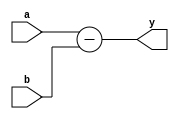
module subtractor#(parameter N=8)(input[N-1:0] a,b,output[N-1:0] y);
	assign y = a - b;
endmodule

module subtractor_tb;
	parameter N=32;
	reg [N-1:0] a,b;
	wire [N-1:0] y;
	
	subtractor #(N)DUT(.a(a),.b(b),.y(y));
	
	initial
	begin
		a = 20;b=10;#10;	//y = 10
		a = 20;b=20;#10;	//y = 0
		a = 0 ;b=1 ;#10;	//y = -1
	end

endmodule